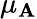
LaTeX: \mu_{\mathbf{A}}